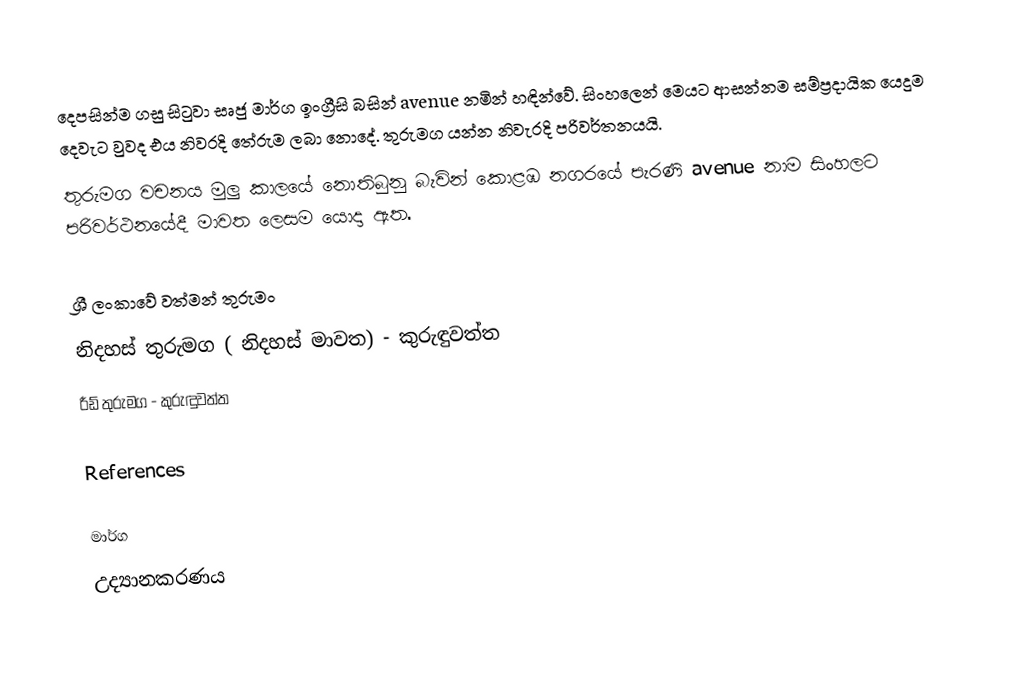
දෙපසින්ම ගසු සිටුවා සෘජු මාර්ග ඉංග්‍රීසි බසින් avenue නමින් හඳින්වේ. සිංහලෙන් මෙයට ආසන්නම සම්ප්‍රදායික යෙදුම  දෙවැට වුවද එය නිවරදි තේරුම ලබා නොදේ. තුරුමග යන්න නිවැරදි පරිවර්තනයයි.
තුරුමග වචනය මුලු කාලයේ නොතිබුනු බැවින් කොළඹ නගරයේ පැරණි avenue නාම සිංහලට පරිවර්ථනයේදී මාවත ලෙසම යොදා ඇත.

ශ්‍රී ලංකාවේ වත්මන් තුරුමං
 නිදහස් තුරුමග ( නිදහස් මාවත) - කුරුඳුවත්ත
 රීඩ් තුරුමග - කුරුඳුවත්ත

References

මාර්ග
උද්‍යානකරණය